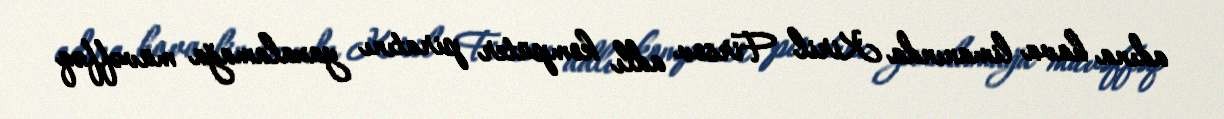
adına hava limanında Kiril Firsov adlı kompüter piratını yaxalamağa müvəffəq